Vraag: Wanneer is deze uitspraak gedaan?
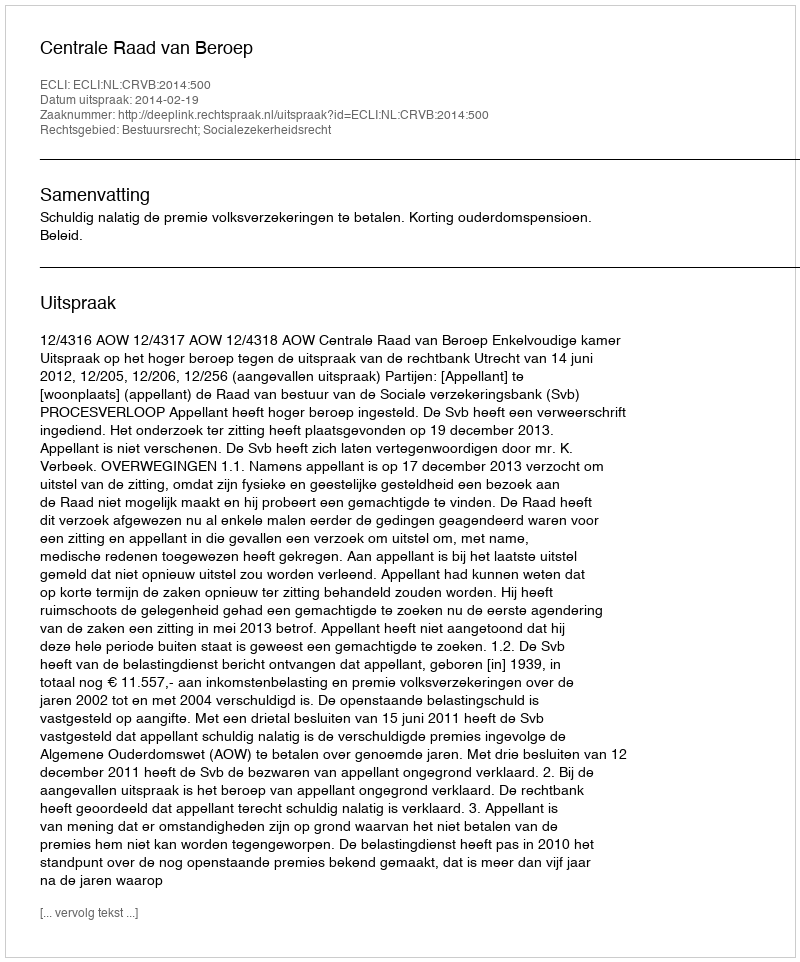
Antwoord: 2014-02-19